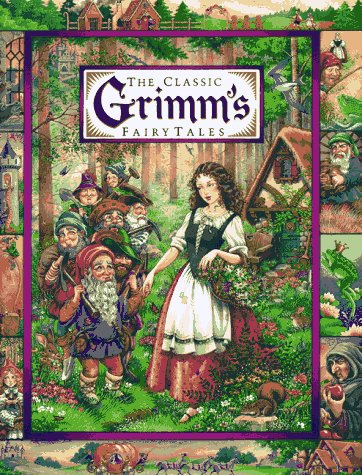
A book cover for The Classic Grimm's Fairy Tales (Children's storybook classics); Louise Betts; Children's Books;